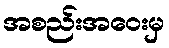
အစည်းအဝေးမှ